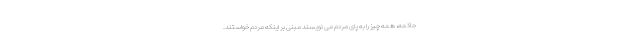
حاکمه، همه چیز را به پای مردم می نویسند مبنی بر اینکه مردم خواستند.